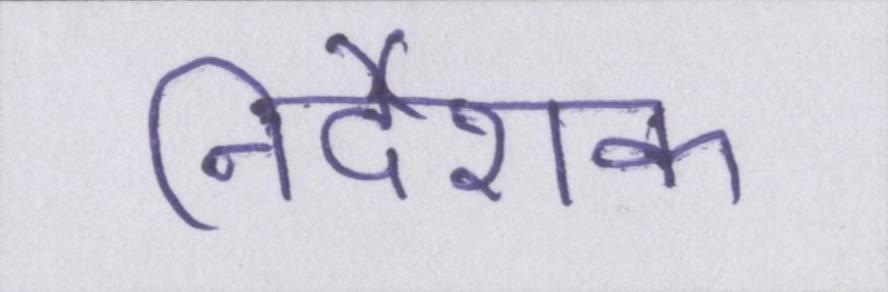
निर्देशक